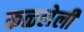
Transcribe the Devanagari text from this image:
कळलेली